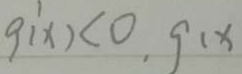
g ( x ) < 0 , g ( x